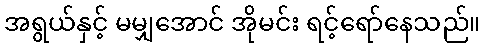
အရွယ်နှင့် မမျှအောင် အိုမင်း ရင့်ရော်နေသည်။